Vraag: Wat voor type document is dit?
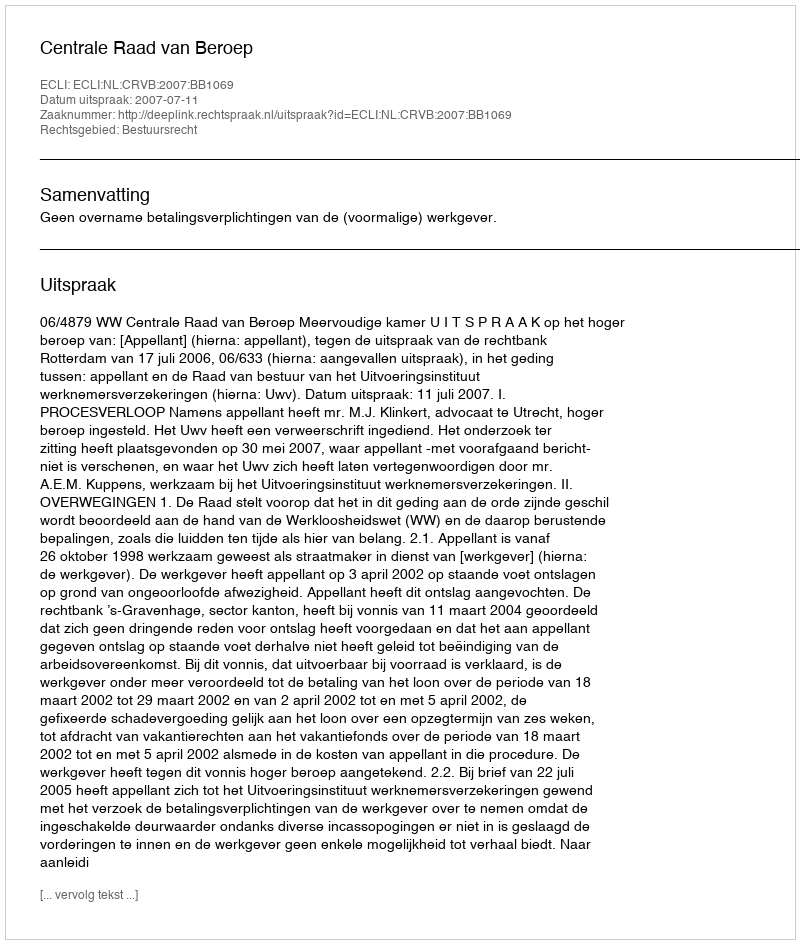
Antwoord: Uitspraak